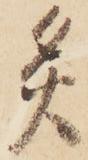
灸